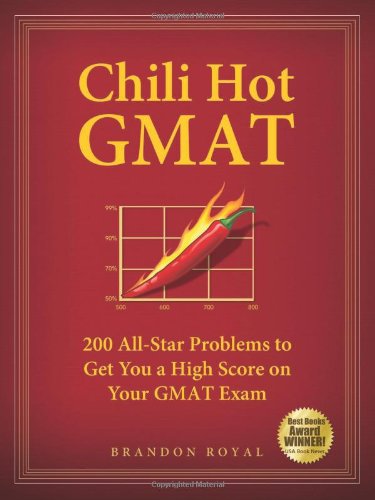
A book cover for Chili Hot GMAT: 200 All-Star Problems to Get You a High Score on Your GMAT Exam; Brandon Royal; Test Preparation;